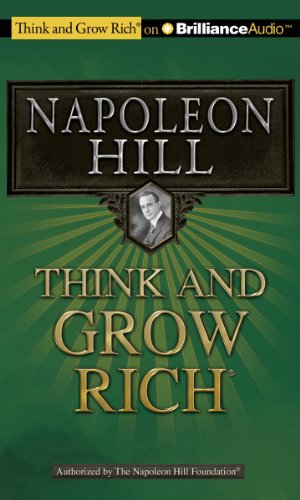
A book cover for Think and Grow Rich; Napoleon Hill; Business & Money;